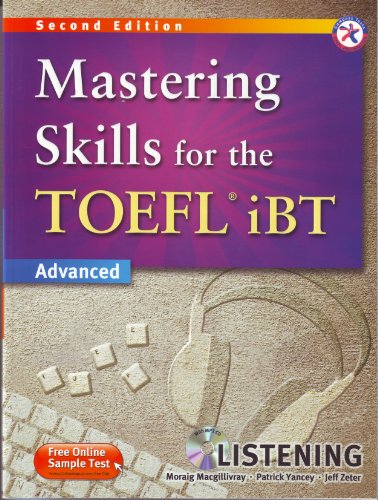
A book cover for Mastering Skills for the TOEFL iBT, 2nd Edition Advanced Listening (w/MP3 CD, Transcripts and Answer Key); Moraig Macgillivray; Test Preparation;